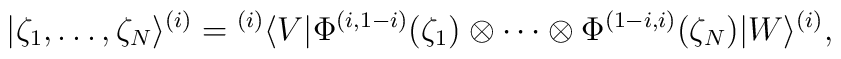
|\zeta_1,\ldots,\zeta_N\rangle^{(i)} =  {}^{(i)}\langle V|\Phi^{(i,1-i)}(\zeta_1)\otimes\cdots\otimes  \Phi^{(1-i,i)}(\zeta_N)|W\rangle^{(i)},